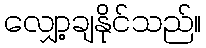
လျှော့ချနိုင်သည်။